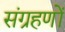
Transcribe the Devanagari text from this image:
संग्रहणों